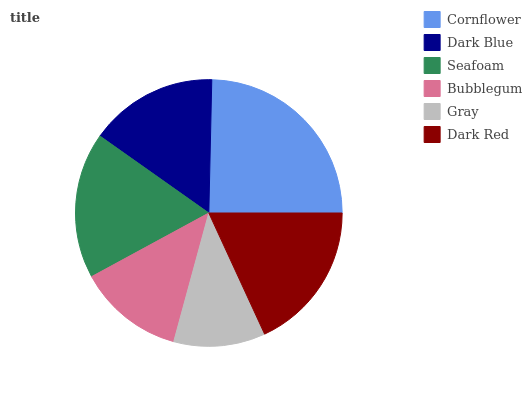
| Cornflower | Dark Blue | Seafoam | Bubblegum | Gray | Dark Red |
 | --- | --- | --- | --- | --- | --- |
 | 24.7% | 15.6% | 17.7% | 12.8% | 11.1% | 18.1% |